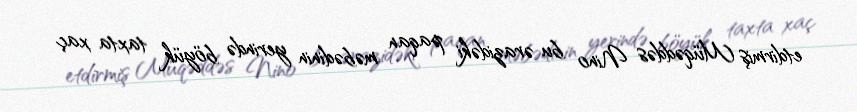
etdirmiş Müqəddəs Nino bu ərazidəki paqan məbədinin yerində böyük taxta xaç